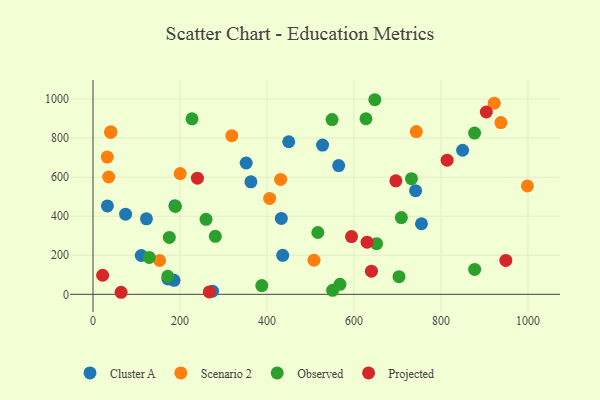
{"axis": {"x": "Distance", "y": "Profit"}, "legend": ["Cluster A", "Observed", "Projected", "Scenario 2"], "data": [{"x": "122.8", "y": 386.7, "type": "Cluster A"}, {"x": "432.9", "y": 389.0, "type": "Cluster A"}, {"x": "755.1", "y": 361.5, "type": "Cluster A"}, {"x": "363.0", "y": 576.4, "type": "Cluster A"}, {"x": "33.1", "y": 452.8, "type": "Cluster A"}, {"x": "188.2", "y": 453.6, "type": "Cluster A"}, {"x": "186.3", "y": 71.8, "type": "Cluster A"}, {"x": "527.7", "y": 764.3, "type": "Cluster A"}, {"x": "172.1", "y": 79.1, "type": "Cluster A"}, {"x": "436.1", "y": 200.0, "type": "Cluster A"}, {"x": "74.9", "y": 410.8, "type": "Cluster A"}, {"x": "564.8", "y": 659.4, "type": "Cluster A"}, {"x": "352.1", "y": 672.8, "type": "Cluster A"}, {"x": "849.7", "y": 738.0, "type": "Cluster A"}, {"x": "274.7", "y": 15.9, "type": "Cluster A"}, {"x": "449.9", "y": 781.6, "type": "Cluster A"}, {"x": "741.6", "y": 530.7, "type": "Cluster A"}, {"x": "110.9", "y": 199.0, "type": "Cluster A"}, {"x": "36.0", "y": 601.0, "type": "Scenario 2"}, {"x": "153.1", "y": 173.2, "type": "Scenario 2"}, {"x": "406.0", "y": 491.2, "type": "Scenario 2"}, {"x": "200.3", "y": 618.6, "type": "Scenario 2"}, {"x": "743.2", "y": 833.7, "type": "Scenario 2"}, {"x": "32.7", "y": 703.2, "type": "Scenario 2"}, {"x": "922.4", "y": 979.2, "type": "Scenario 2"}, {"x": "937.7", "y": 879.8, "type": "Scenario 2"}, {"x": "319.0", "y": 812.6, "type": "Scenario 2"}, {"x": "40.5", "y": 829.5, "type": "Scenario 2"}, {"x": "998.6", "y": 555.1, "type": "Scenario 2"}, {"x": "431.3", "y": 588.6, "type": "Scenario 2"}, {"x": "41.0", "y": 833.3, "type": "Scenario 2"}, {"x": "508.0", "y": 174.8, "type": "Scenario 2"}, {"x": "651.9", "y": 259.4, "type": "Observed"}, {"x": "516.9", "y": 316.7, "type": "Observed"}, {"x": "549.6", "y": 895.3, "type": "Observed"}, {"x": "259.8", "y": 384.0, "type": "Observed"}, {"x": "703.5", "y": 90.6, "type": "Observed"}, {"x": "732.2", "y": 592.2, "type": "Observed"}, {"x": "708.9", "y": 392.9, "type": "Observed"}, {"x": "550.9", "y": 20.5, "type": "Observed"}, {"x": "175.4", "y": 291.3, "type": "Observed"}, {"x": "877.2", "y": 825.8, "type": "Observed"}, {"x": "627.5", "y": 899.4, "type": "Observed"}, {"x": "281.2", "y": 297.0, "type": "Observed"}, {"x": "647.9", "y": 996.8, "type": "Observed"}, {"x": "877.4", "y": 127.6, "type": "Observed"}, {"x": "189.5", "y": 450.2, "type": "Observed"}, {"x": "567.7", "y": 51.0, "type": "Observed"}, {"x": "388.0", "y": 45.0, "type": "Observed"}, {"x": "129.2", "y": 188.9, "type": "Observed"}, {"x": "172.0", "y": 92.7, "type": "Observed"}, {"x": "227.6", "y": 899.2, "type": "Observed"}, {"x": "696.2", "y": 581.4, "type": "Projected"}, {"x": "594.3", "y": 295.9, "type": "Projected"}, {"x": "267.3", "y": 12.3, "type": "Projected"}, {"x": "630.1", "y": 267.0, "type": "Projected"}, {"x": "22.1", "y": 97.8, "type": "Projected"}, {"x": "64.5", "y": 10.5, "type": "Projected"}, {"x": "904.2", "y": 933.9, "type": "Projected"}, {"x": "240.0", "y": 594.8, "type": "Projected"}, {"x": "640.1", "y": 118.7, "type": "Projected"}, {"x": "949.1", "y": 173.8, "type": "Projected"}, {"x": "814.1", "y": 687.1, "type": "Projected"}]}